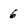
Character: 6